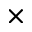
\times